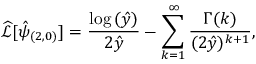
\widehat { \mathcal { L } } [ \hat { \psi } _ { ( 2 , 0 ) } ] = \frac { \log { ( \hat { y } ) } } { 2 \hat { y } } - \sum _ { k = 1 } ^ { \infty } \frac { \Gamma { ( k ) } } { ( 2 \hat { y } ) ^ { k + 1 } } ,